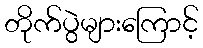
တိုက်ပွဲများကြောင့်